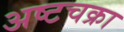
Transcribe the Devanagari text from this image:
अष्टचक्रा